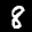
Label: 8